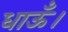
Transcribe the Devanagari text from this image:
धाऊँ।